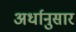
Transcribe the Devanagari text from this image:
अर्धानुसार